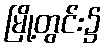
မြို့တွင်း၌